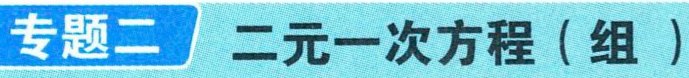
专题二 二元一次方程（组）